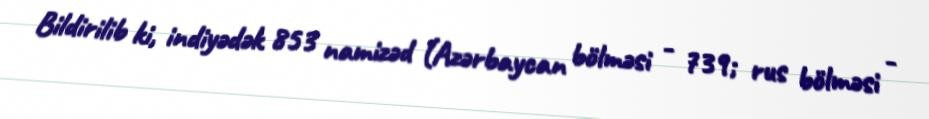
Bildirilib ki, indiyədək 853 namizəd (Azərbaycan bölməsi - 739; rus bölməsi -